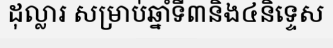
ដុល្លារ សម្រាប់ឆ្នាំទី៣និង៤និទ្ទេស